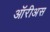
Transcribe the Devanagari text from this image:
ऑरीअस